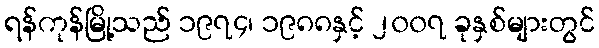
ရန်ကုန်မြို့သည် ၁၉၇၄၊ ၁၉၈၈နှင့် ၂၀၀၇ ခုနှစ်များတွင်